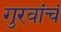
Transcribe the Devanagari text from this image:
गुरवांचं